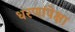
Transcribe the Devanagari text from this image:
धरणांपेक्षा